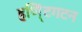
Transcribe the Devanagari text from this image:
हणि्ंटगटन